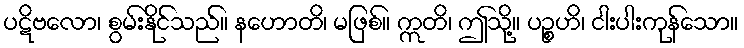
ပဋိဗလော၊ စွမ်းနိုင်သည်။ နဟောတိ၊ မဖြစ်။ ဣတိ၊ ဤသို့။ ပဉ္စဟိ၊ ငါးပါးကုန်သော။